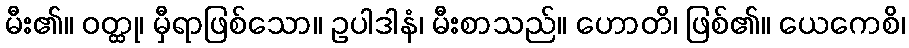
မီး၏။ ဝတ္ထု၊ မှီရာဖြစ်သော။ ဥပါဒါနံ၊ မီးစာသည်။ ဟောတိ၊ ဖြစ်၏။ ယေကေစိ၊